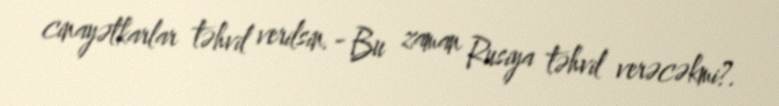
cinayətkarlar təhvil verilsin.- Bu zaman Rusiya təhvil verəcəkmi?.